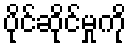
ပိုင်ဆိုင်မှုကို